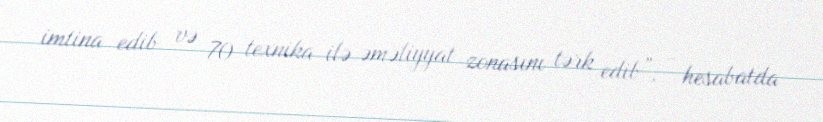
imtina edib və 70 texnika ilə əməliyyat zonasını tərk edib”, - hesabatda